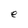
Character: e